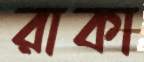
রাকা